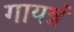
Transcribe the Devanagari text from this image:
गायत्रं